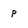
Character: p